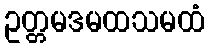
ဥတ္တမဒမထသမထံ